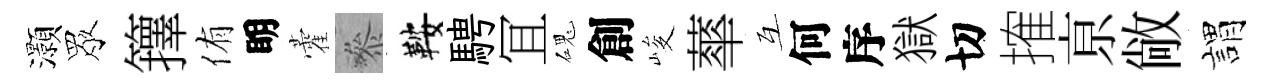
灝眾籜侑眀藿叅鞍騁冝磈創峻蕐互何序獄切搉亰敞謂